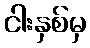
ငါးနှစ်မှ